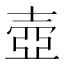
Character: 壺